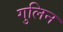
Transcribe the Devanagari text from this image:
गुलिन